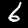
Digit: 6